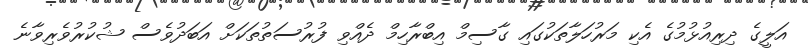
އަލީގެ ދިރިއުޅުމުގެ އެކި މަރުހަލާތަކުގައި ގާސިމް އިބްރާހިމް ދެއްވި ފުރުސަތުތަކަށް އަބަދުވެސް ޝުކުރުވެރިވާނެ